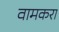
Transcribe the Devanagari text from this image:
वामकरा